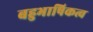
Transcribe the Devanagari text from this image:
बहुभाषिकत्व